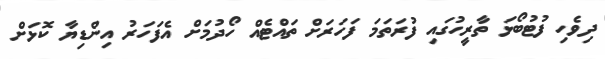
ދިވެހި ފުޓުބޯޅަ ތާރީހުގައި ފުރަތަމަ ފަހަރަށް ތައްޓެއް ހޯދުމަށް އެފަހަރު އިންޑިޔާ ކޮޅަށް